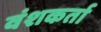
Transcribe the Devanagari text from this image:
वंशकर्ता